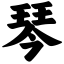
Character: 琴